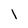
Character: 1